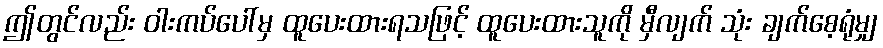
ဤတွင်လည်း ဝါးကပ်ပေါ်မှ ထူပေးထားရသဖြင့် ထူပေးထားသူကို မှီလျက် သုံး ချက်စေ့ရုံမျှ